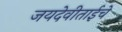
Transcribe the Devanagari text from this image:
जयदेवीताईचे